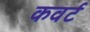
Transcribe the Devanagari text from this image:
कवर्ट